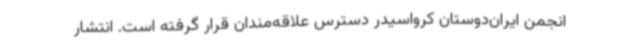
انجمن ایران‌دوستان کرواسیدر دسترس علاقه‌مندان قرار گرفته است. انتشار